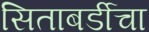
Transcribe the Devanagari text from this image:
सिताबर्डीचा